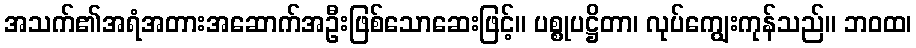
အသက်၏အရံအတားအဆောက်အဦးဖြစ်သောဆေးဖြင့်။ ပစ္စုပဋ္ဌိတာ၊ လုပ်ကျွေးကုန်သည်။ ဘဝထ၊